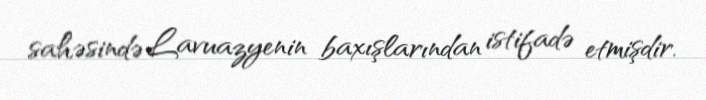
sahəsində Lavuazyenin baxışlarından istifadə etmişdir.